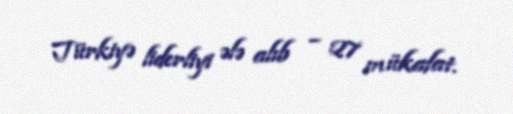
Türkiyə liderliyi ələ alıb – 27 mükafat.